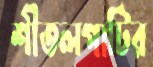
শীতলপাটির